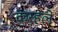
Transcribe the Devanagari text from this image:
करहले